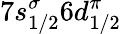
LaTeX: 7s_{1/2}^{\sigma}6d_{1/2}^{\pi}